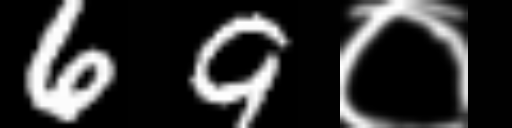
Text: 69०